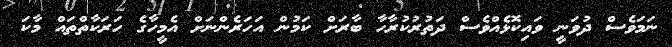
ނަމަވެސް ދުވަނީ ވައިކޮޅެއްވެސް ދަތުރުކުރާހާ ބާރަށް ކަމުން އަހަރެންނަށް އެމީހާގެ ހަރަކާތްތައް މާކަ